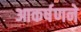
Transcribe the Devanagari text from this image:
आकर्षणने